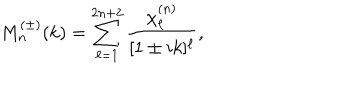
M _ { n } ^ { ( \pm ) } ( k ) = \sum _ { \ell = 1 } ^ { 2 n + 2 } \frac { \chi _ { \ell } ^ { ( n ) } } { [ 1 \pm i k ] ^ { \ell } } ,